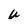
Character: U